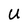
Character: U